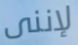
لإننى